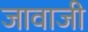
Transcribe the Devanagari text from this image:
जावाजी